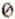
0